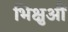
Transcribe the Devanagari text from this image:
भिक्षुऔं